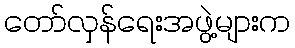
တော်လှန်ရေးအဖွဲ့များက